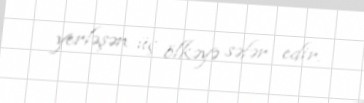
yerləşən üç ölkəyə səfər edir.